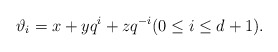
\begin{align*}\vartheta_i = x+yq^i + zq^{-i} (0\leq i \leq d+1).\end{align*}